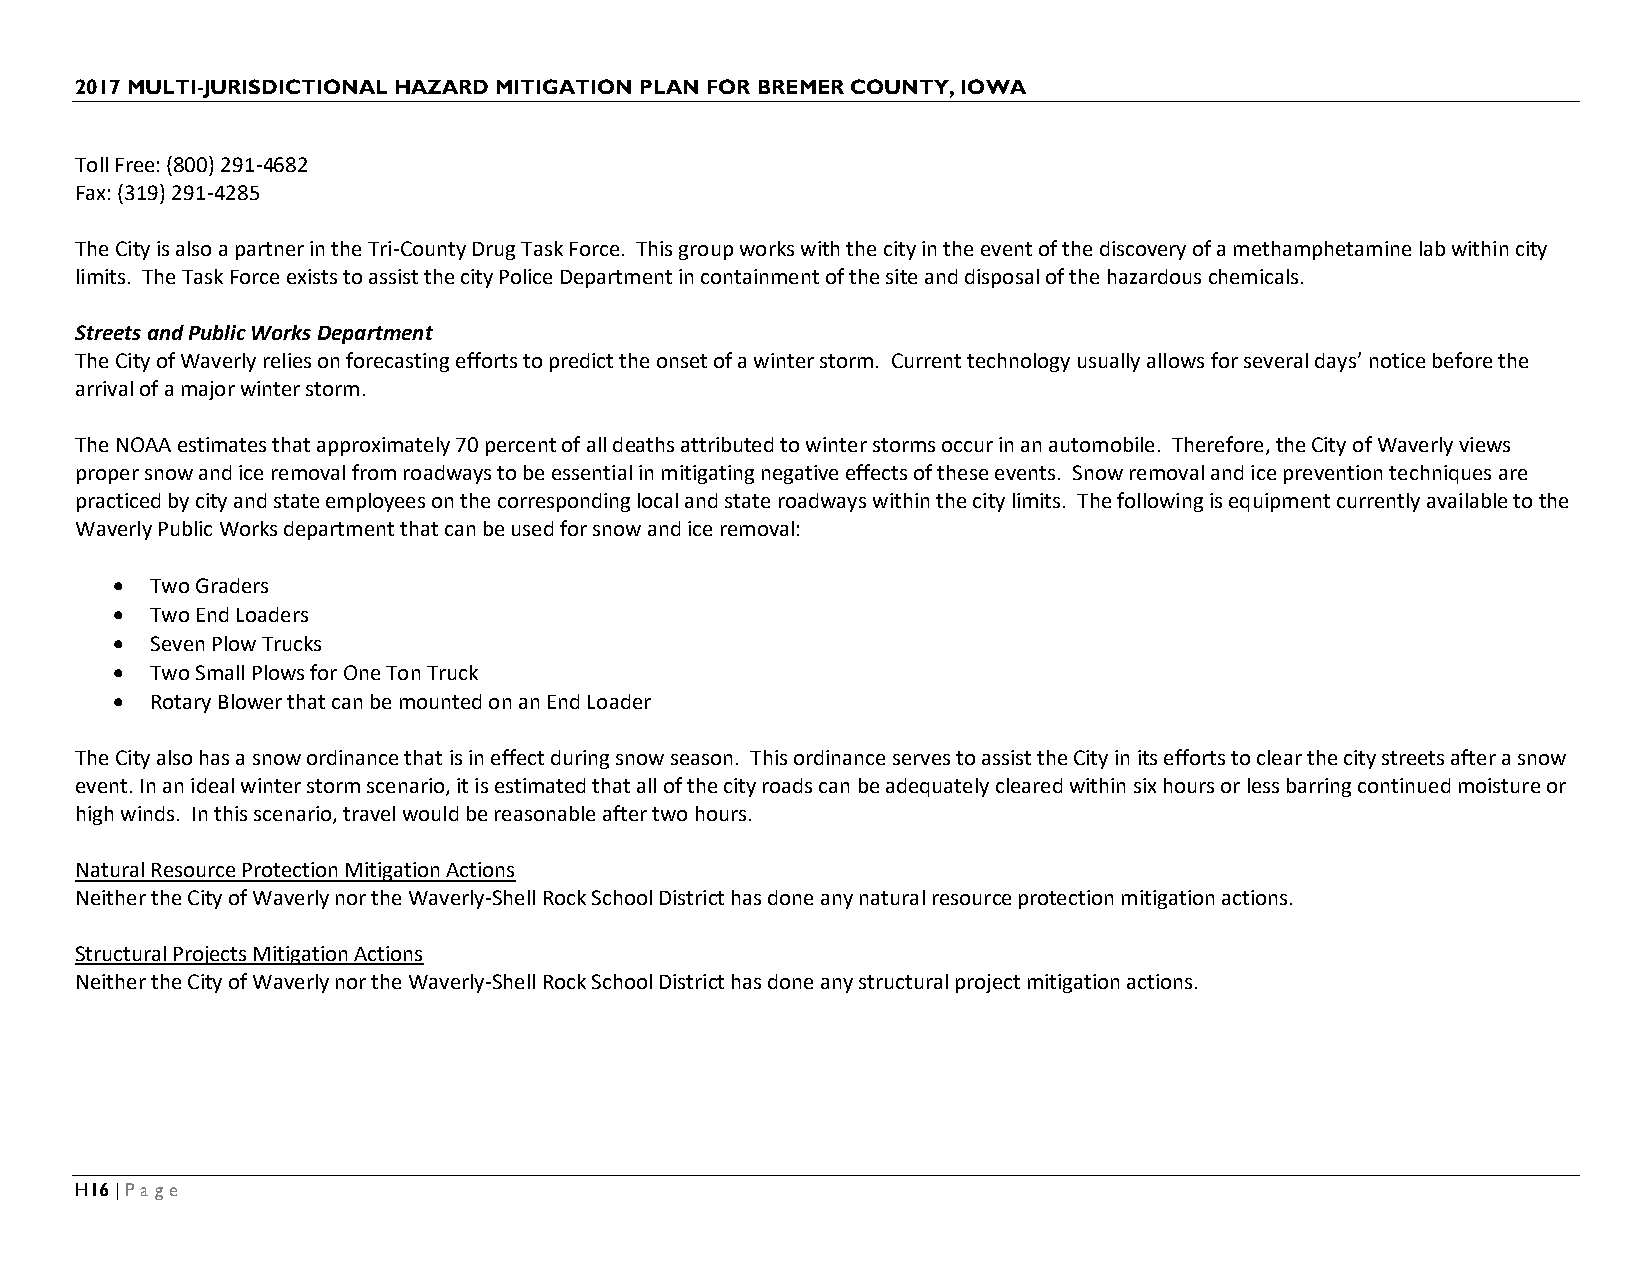
2017 MULTI-JURISDICTIONAL HAZARD MITIGATION PLAN FOR BREMER COUNTY, IOWA
 Toll Free: (800) 291-4682
 Fax: (319) 291-4285
 The City is also a partner in the Tri-County Drug Task Force. This group works with the city in the event of the discovery of a methamphetamine lab within city
 limits. The Task Force exists to assist the city Police Department in containment of the site and disposal of the hazardous chemicals.
 Streets and Public Works Department
 The City of Waverly relies on forecasting efforts to predict the onset of a winter storm. Current technology usually allows for several days’ notice before the
 arrival of a major winter storm.
 The NOAA estimates that approximately 70 percent of all deaths attributed to winter storms occur in an automobile. Therefore, the City of Waverly views
 proper snow and ice removal from roadways to be essential in mitigating negative effects of these events. Snow removal and ice prevention techniques are
 practiced by city and state employees on the corresponding local and state roadways within the city limits. The following is equipment currently available to the
 Waverly Public Works department that can be used for snow and ice removal:
 •  Two Graders
 •  Two End Loaders
 •  Seven Plow Trucks
 •  Two Small Plows for One Ton Truck
 •  Rotary Blower that can be mounted on an End Loader
 The City also has a snow ordinance that is in effect during snow season. This ordinance serves to assist the City in its efforts to clear the city streets after a snow
 event. In an ideal winter storm scenario, it is estimated that all of the city roads can be adequately cleared within six hours or less barring continued moisture or
 high winds. In this scenario, travel would be reasonable after two hours.
 Natural Resource Protection Mitigation Actions
 Neither the City of Waverly nor the Waverly-Shell Rock School District has done any natural resource protection mitigation actions.
 Structural Projects Mitigation Actions
 Neither the City of Waverly nor the Waverly-Shell Rock School District has done any structural project mitigation actions.
 H16 | Page